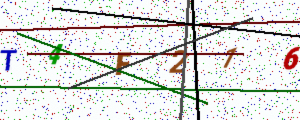
Text: T4F216